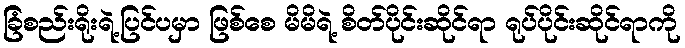
ခြံစည်းရိုးရဲ့ပြင်ပမှာ ဖြစ်စေ မိမိရဲ့ စိတ်ပိုင်းဆိုင်ရာ ရုပ်ပိုင်းဆိုင်ရာကို